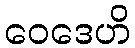
ဝေဒေဟိ